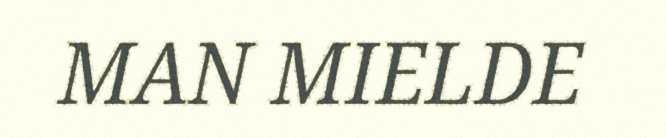
MAN MIELDE